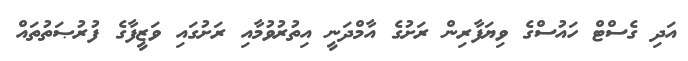
އަދި ގެސްޓް ހައުސްގެ ވިޔަފާރިން ރަށުގެ އާމްދަނީ އިތުރުވުމާއި ރަށުގައި ވަޒީފާގެ ފުރުޞަތުތައް